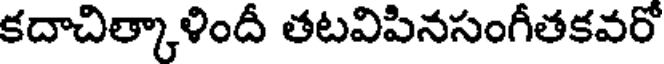
కదాచిత్కాళిందీ తటవిపినసంగీతకవరో